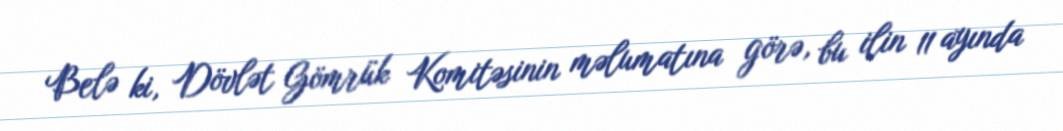
Belə ki, Dövlət Gömrük Komitəsinin məlumatına görə, bu ilin 11 ayında